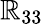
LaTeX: \mathbb{R}_{33}